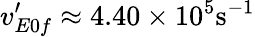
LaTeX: v_{E0f}^{\prime}\approx 4.40\times 10^{5}\mathrm{s^{-1}}